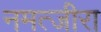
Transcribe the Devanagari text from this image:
नमत्जीरा